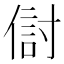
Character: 傠